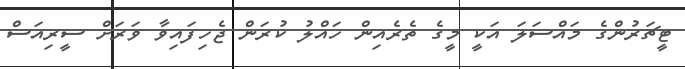
ޓީޗަރުންގެ މައްސަލަ އަކީ މީގެ ތެރެއިން ހައްލު ކުރަން ޖެހިފައިވާ ވަރަށް ސީރިއަސް